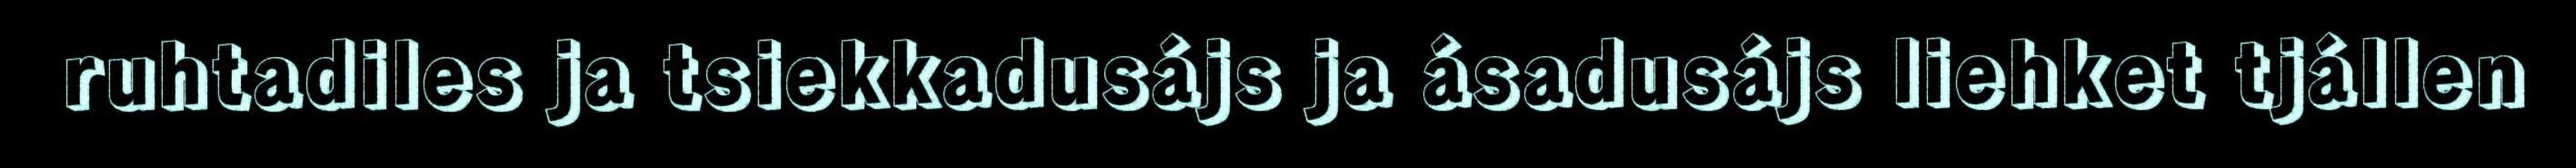
ruhtadiles ja tsiekkadusájs ja ásadusájs liehket tjállen